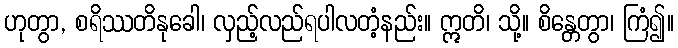
ဟုတွာ, စရိဿတိနုခေါ၊ လှည့်လည်ရပါလတံ့နည်း။ ဣတိ၊ သို့။ စိန္တေတွာ၊ ကြံ၍။